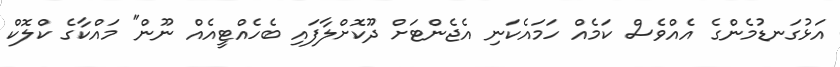
އަޅުގަނޑުމެންގެ އެއްވެސް ކަމެއް ހަމައެކަނި އެޖެންޓަށް ދޫކޮށްލާފައި ބެހެއްޓީއެއް ނޫން" މައްކާގެ ކްލޮކް